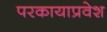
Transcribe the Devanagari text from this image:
परकायाप्रवेश